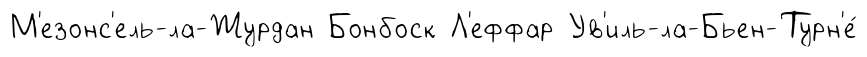
М'езонс'ель-ла-Журдан Бонбоск Л'еффар Ув'иль-ла-Бьен-Турн'е́